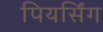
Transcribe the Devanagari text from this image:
पियर्सिंग